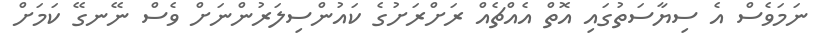
ނަމަވެސް އެ ސިޔާސަތުގައި އޮތް އެއްޗެއް ރަށްރަށުގެ ކައުންސިލަރުންނަށް ވެސް ނޭނގޭ ކަމަށް